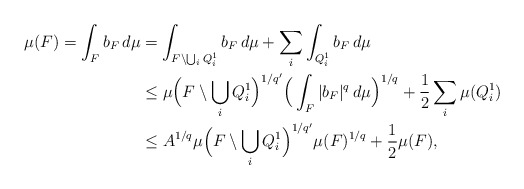
\begin{align*}\mu(F)= \int_F b_F \,d\mu &= \int_{F\setminus \bigcup_i Q^1_i} b_F \,d\mu + \sum_i \int_{Q^1_i} b_F \,d\mu\\&\leq \mu \Big(F \setminus \bigcup_i Q^1_i \Big)^{1/q'} \Big( \int_F|b_F|^q \,d\mu \Big)^{1/q} + \frac{1}{2} \sum_i \mu(Q^1_i)\\& \leq A^{1/q} \mu \Big(F \setminus \bigcup_i Q^1_i \Big)^{1/q'} \mu(F)^{1/q} +\frac{1}{2} \mu(F),\end{align*}